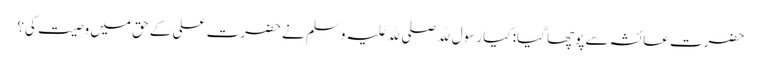
حضرت عائشہ سے پوچھا گیا: کیا رسول ﷲ صلی ﷲ علیہ وسلم نے حضرت علی کے حق میں وصیت کی؟